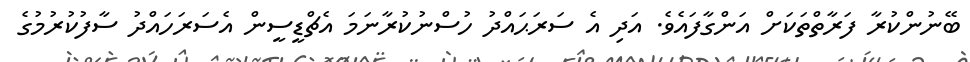
ބޭނުންކުރާ ފަރާތްތަކަށް އަންގާފައެވެ. އަދި އެ ސަރަޙައްދު ހުސްނުކުރާނަމަ އެޗްޑީސީން އެސަރަހައްދު ސާފުކުރުމުގެ